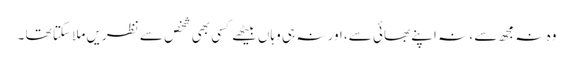
وہ نہ مجھ سے ، نہ اپنے بھائی سے، اور نہ ہی وہاں بیٹھے کسی بھی شخص سے نظریں ملا سکتا تھا ۔